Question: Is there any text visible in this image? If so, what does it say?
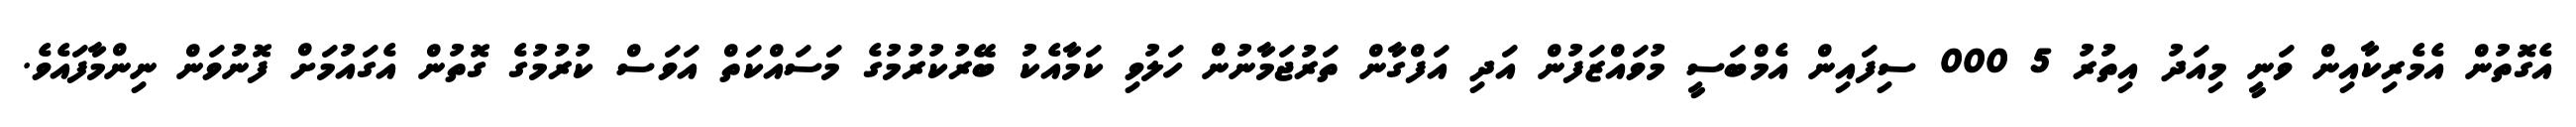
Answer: އެގޮތުން އެމެރިކާއިން ވަނީ މިއަދު އިތުރު 5 000 ސިފައިން އެމްބަސީ މުވައްޒަފުން އަދި އަފްގާން ތަރުޖަމާނުން ހަލުވި ކަމާއެކު ބޭރުކުރުމުގެ މަސައްކަތް އަވަސް ކުރުމުގެ ގޮތުން އެގައުމަށް ފޮނުވަން ނިންމާފައެވެ.